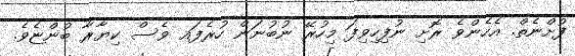
ފުށްނެތް. އެހެންވެ ރޮށި ނުފިހިވިފަ މިހުރޭ ނުބުނަން ހުރެފައ ވެސް ކިޔާރާ ބުންޏެވެ.